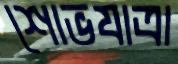
শোভযাত্রা